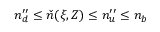
n _ { d } ^ { \prime \prime } \le \check { n } ( \xi , Z ) \le n _ { u } ^ { \prime \prime } \le n _ { b }